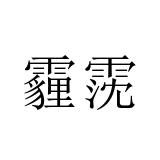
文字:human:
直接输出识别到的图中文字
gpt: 霾霃